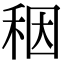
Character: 秵